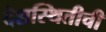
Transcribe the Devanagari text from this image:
देशस्थितीची